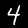
Digit: 4